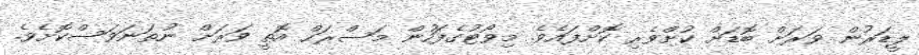
ލީޑަރުން ވަރަށް ބޮޑަށް ކުށްވެރި ކޮށްފައެވެ. މިވޯޓުގެފަހުން މަސްރަހް އޮތީ ވަރަށް ނުތަނަވަސްކޮށެވެ.